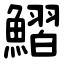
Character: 鰼